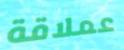
عملاقة